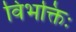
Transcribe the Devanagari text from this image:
विभक्तिः